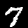
Label: 7